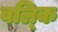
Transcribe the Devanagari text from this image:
वल्‍कि